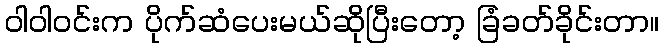
ဝါဝါဝင်းက ပိုက်ဆံပေးမယ်ဆိုပြီးတော့ ခြံခတ်ခိုင်းတာ။